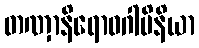
တဏှာနိရောဓဂါမိနိယာ